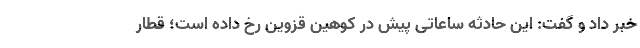
خبر داد و گفت: این حادثه ساعاتی پیش در کوهین قزوین رخ داده است؛ قطار